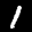
Label: 1